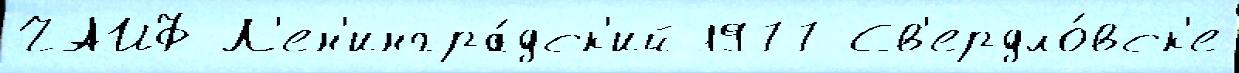
ЧАЙФ Л'ен'ингра́дск'ий 1977 Св'ердло́вск'е